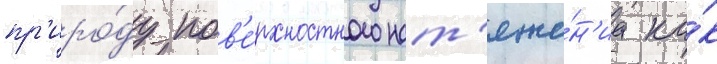
пр'иро́ду пов'е́рхностного нат'яже́н'иа ка́к